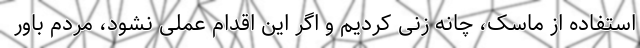
استفاده از ماسک، چانه زنی کردیم و اگر این اقدام عملی نشود، مردم باور